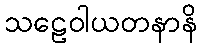
သဠေဝါယတနာနိ